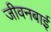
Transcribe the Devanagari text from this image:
जीवनबाई